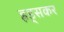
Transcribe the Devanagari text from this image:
हड्सकर